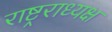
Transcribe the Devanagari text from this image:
राष्ट्रराध्यक्ष